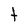
Character: t